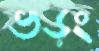
ভড়ং